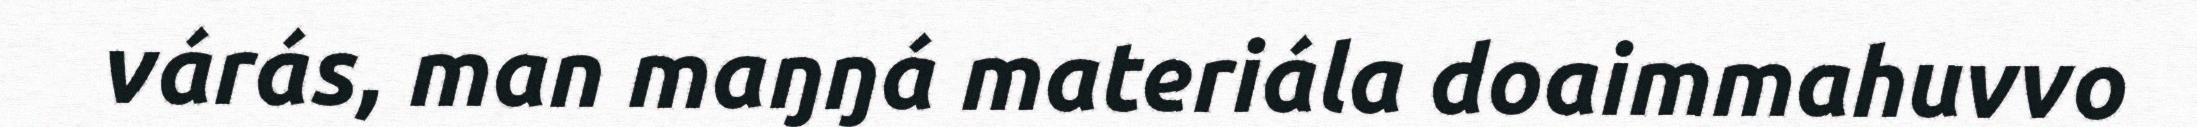
várás, man maŋŋá materiála doaimmahuvvo